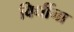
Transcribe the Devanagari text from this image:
विधींना